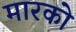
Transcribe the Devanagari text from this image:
मारको